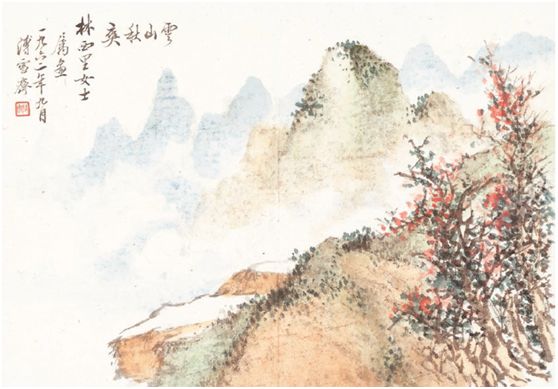
襄阳古道灞陵桥，诗兴与秋高。